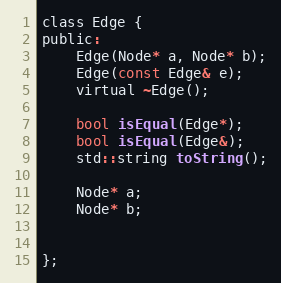
Language: C
class Edge {
public:
	Edge(Node* a, Node* b);
	Edge(const Edge& e);
	virtual ~Edge();

	bool isEqual(Edge*);
	bool isEqual(Edge&);
	std::string toString();

	Node* a;
	Node* b;

};